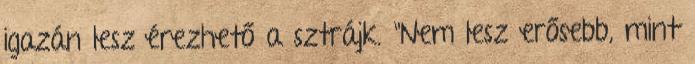
igazán lesz érezhető a sztrájk. "Nem lesz erősebb, mint